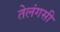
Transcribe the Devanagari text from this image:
तेलंगसी